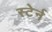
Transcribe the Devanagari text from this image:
स्टेर्न